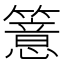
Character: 𥵆